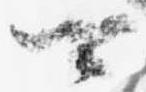
可